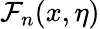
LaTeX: \mathcal{F}_{n}(x,\eta)